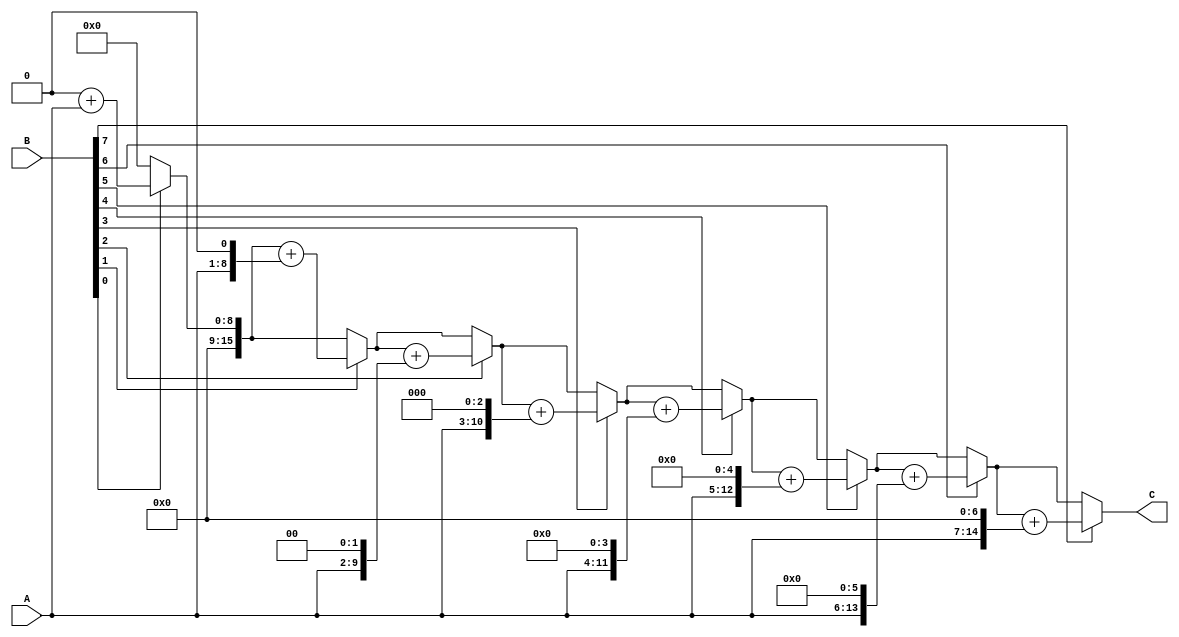
module unsigned_multiplier (
    input [7:0] A,
    input [7:0] B,
    output reg [15:0] C
);

reg [15:0] temp;
integer i;

always @(*) begin
    temp = 16'b0;
    
    for(i = 0; i < 8; i = i + 1) begin
        if(B[i] == 1) begin
            temp = temp + (A << i);
        end
    end
    
    C = temp;
end

endmodule